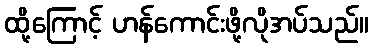
ထို့ကြောင့် ဟန်ကောင်းဖို့လိုအပ်သည်။